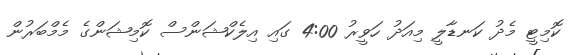
ކޮމިޓީ މެދު ކަނޑާލީ މިއަދު ހަވީރު 4:00 ގައި އިލެކްޝަންސް ކޮމިޝަންގެ މެމްބަރުން